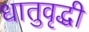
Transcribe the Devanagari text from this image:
धातुवृद्धी